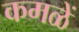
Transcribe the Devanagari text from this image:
कमळें